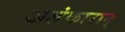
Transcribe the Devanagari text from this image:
अलंकारान्